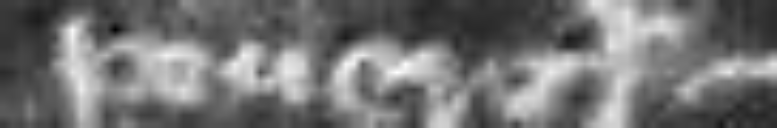
Peverel